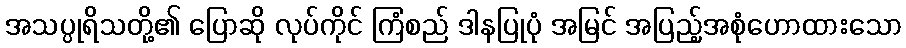
အသပ္ပုရိသတို့၏ ပြောဆို လုပ်ကိုင် ကြံစည် ဒါနပြုပုံ အမြင် အပြည့်အစုံဟောထားသော